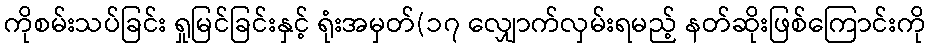
ကိုစမ်းသပ်ခြင်း ရှုမြင်ခြင်းနှင့် ရုံးအမှတ်(၁၇ လျှောက်လှမ်းရမည့် နတ်ဆိုးဖြစ်ကြောင်းကို